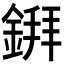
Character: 𫒲